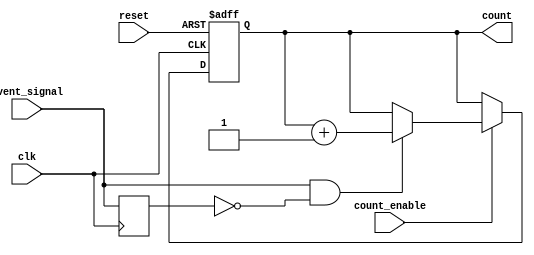
module EventTriggeredCounter #(
    parameter BIT_WIDTH = 8,          // Bit width for the counter
    parameter COUNT_MODE = 0          // 0: Rising edge, 1: Falling edge, 2: Level sensitive
)(
    input wire clk,                   // Clock signal
    input wire reset,                 // Asynchronous reset signal
    input wire count_enable,          // Count enable signal
    input wire event_signal,          // Input event signal
    output reg [BIT_WIDTH-1:0] count  // Output count
);

    reg event_signal_d;               // Delayed version of the event signal for edge detection

    // Asynchronous reset and counting logic
    always @(posedge clk or posedge reset) begin
        if (reset) begin
            count <= 0;                // Reset count to zero
        end else if (count_enable) begin
            // Edge detection logic
            case (COUNT_MODE)
                0: begin // Rising edge detection
                    if (event_signal && !event_signal_d) begin
                        count <= count + 1; // Increment count on rising edge
                    end
                end
                1: begin // Falling edge detection
                    if (!event_signal && event_signal_d) begin
                        count <= count + 1; // Increment count on falling edge
                    end
                end
                2: begin // Level sensitive counting
                    if (event_signal) begin
                        count <= count + 1; // Increment count while event signal is high
                    end
                end
            endcase
        end
    end

    // Capture the current state of the event signal
    always @(posedge clk) begin
        event_signal_d <= event_signal; // Delay the event signal for edge detection
    end

endmodule